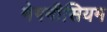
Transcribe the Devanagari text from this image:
मेगनीसियम